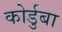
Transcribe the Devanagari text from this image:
कोर्डुबा